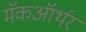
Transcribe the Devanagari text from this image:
मॅकऑर्थर